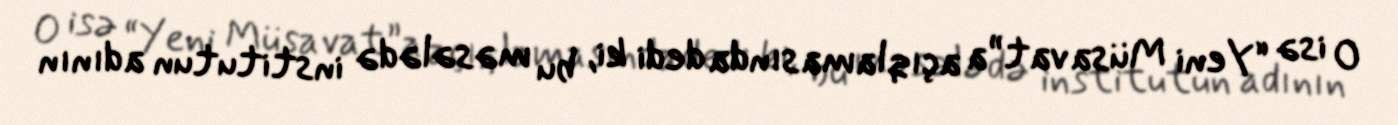
O isə “Yeni Müsavat”a açıqlamasında dedi ki, bu məsələdə institutun adının